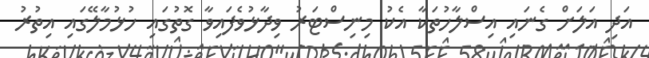
އަދި އަލަށް ގެނައި އިސްލާހުތަކާ އެކު މިނިސްޓަރު ވިދާޅުވެފައިވާ ގޮތުގައި ހުޅުމާލޭގައި އިތުރު